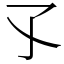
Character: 孓